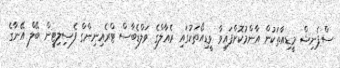
ސްޕެނިޝް މީޑިއާތަކުން އާންމުކޮށްފައިވާ ވީޑިއޯތަކުގައި ރެއާލްގެ ވަލްޑެބާސް ޓްރެއިނިންގް ފެސިލިޓީން ބޭލް އޭނާގެ